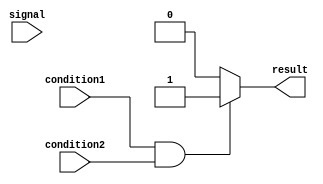
module conditional_assignment(
    input wire condition1,
    input wire condition2,
    input wire signal,
    output reg result
);

always @(*)
begin
    if(condition1 && condition2)
        result = 1'b1; // assign 1 if both conditions are met
    else
        result = 1'b0; // assign 0 if conditions are not met
end

endmodule